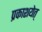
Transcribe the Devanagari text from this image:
प्रकाशयेत्